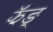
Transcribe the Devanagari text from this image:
झॅङ्